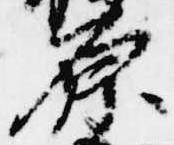
原